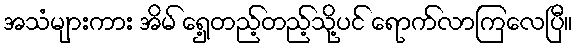
အသံများကား အိမ် ရှေ့တည့်တည့်သို့ပင် ရောက်လာကြလေပြီ။